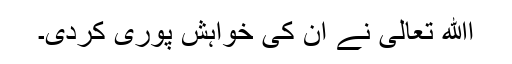
اﷲ تعالیٰ نے ان کی خواہش پوری کردی۔